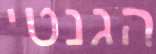
הגנטי